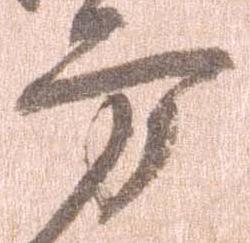
方